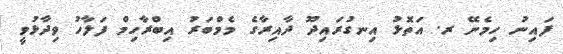
ފައިނު ހިމެނޭ ރ. އަތޮޅު އިނގުރައިދޫ ދާއިރާގެ މެމްބަރު އިބްރާހިމް ފަަލާހު ވިދާޅުވީ